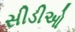
સીડીઓ